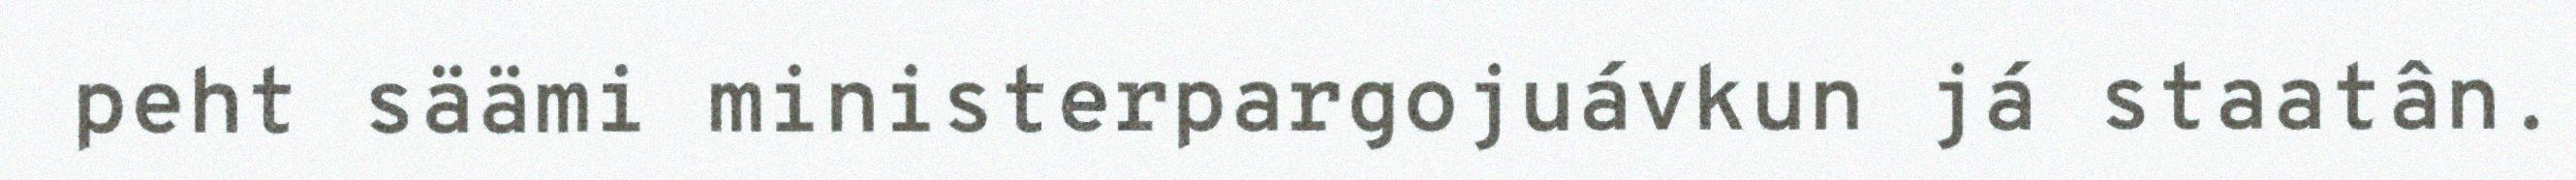
peht säämi ministerpargojuávkun já staatân.